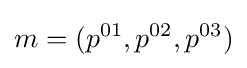
m=(p^{01},p^{02},p^{03})